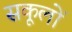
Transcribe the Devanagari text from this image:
सकूलों